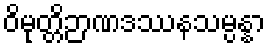
ဝိမုတ္တိဉာဏဒဿနသမ္ပန္နာ